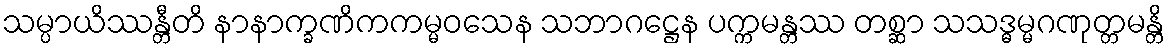
သမ္ပာယိဿန္တီတိ နာနာက္ခဏိကကမ္မဝသေန သဘာဂဋ္ဌေန ပက္ကမန္တဿ တစ္ဆာ သသဒ္ဓမ္မဂဏုတ္တမန္တိ